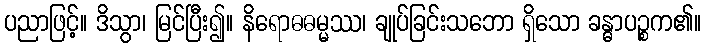
ပညာဖြင့်။ ဒိသွာ၊ မြင်ပြီး၍။ နိရောဓဓမ္မဿ၊ ချုပ်ခြင်းသဘော ရှိသော ခန္ဓာပဉ္စက၏။